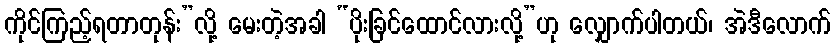
ကိုင်ကြည့်ရတာတုန်း”လို့ မေးတဲ့အခါ “ပိုးခြင်ထောင်လားလို့”ဟု လျှောက်ပါတယ်၊ အဲဒီလောက်